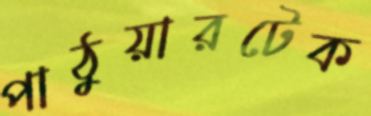
পাঠুয়ারটেক